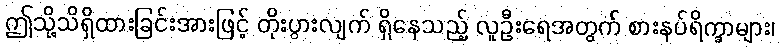
ဤသို့သိရှိထားခြင်းအားဖြင့် တိုးပွားလျက် ရှိနေသည့် လူဦးရေအတွက် စားနပ်ရိက္ခာများ၊